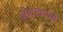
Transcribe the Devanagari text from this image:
ओटावाच्या